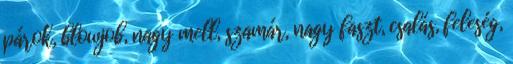
párok, blowjob, nagy mell, szamár, nagy faszt, csalás, feleség,